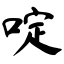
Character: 啶